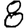
Digit: 8